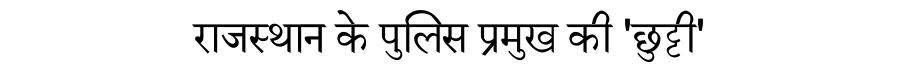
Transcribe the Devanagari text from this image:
राजस्थान के पुलिस प्रमुख की 'छुट्टी'